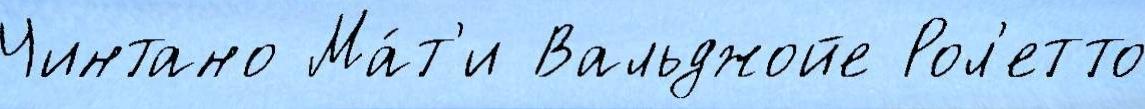
Чинтано Ма́т'и Вальджойе Рол'етто